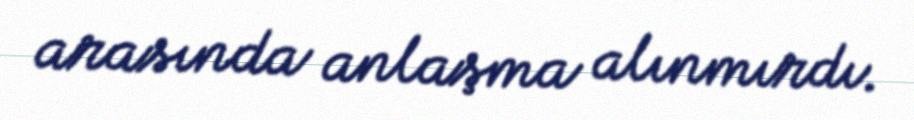
arasında anlaşma alınmırdı.